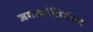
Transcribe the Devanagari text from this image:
जगज्योतिर्मल्ल